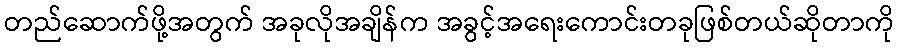
တည်ဆောက်ဖို့အတွက် အခုလိုအချိန်က အခွင့်အရေးကောင်းတခုဖြစ်တယ်ဆိုတာကို